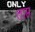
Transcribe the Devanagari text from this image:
ताप्त